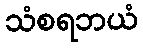
သံစရဘယံ